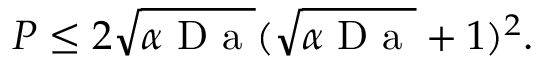
P \leq 2 \sqrt { \alpha \mathrm { ~ D ~ a ~ } } ( \sqrt { \alpha \mathrm { ~ D ~ a ~ } } + 1 ) ^ { 2 } .